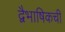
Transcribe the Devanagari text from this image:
द्वैभाषिकची